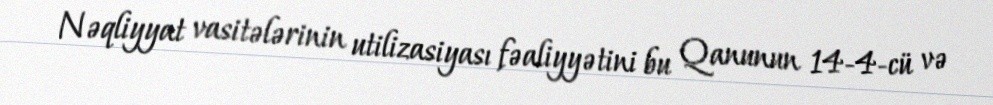
Nəqliyyat vasitələrinin utilizasiyası fəaliyyətini bu Qanunun 14-4-cü və